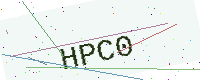
Text: HPC0